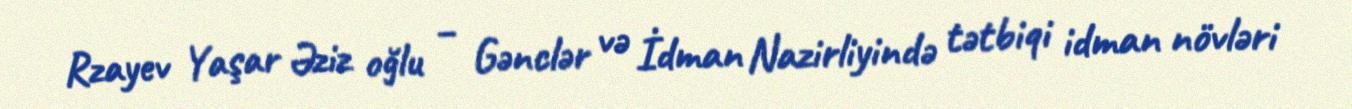
Rzayev Yaşar Əziz oğlu – Gənclər və İdman Nazirliyində tətbiqi idman növləri